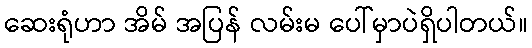
ဆေးရုံဟာ အိမ် အပြန် လမ်းမ ပေါ်မှာပဲရှိပါတယ်။